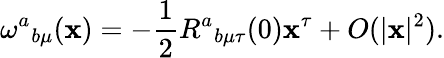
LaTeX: {\omega^{a}}_{b\mu}(\mathbf{x})=-{\frac{{1}}{{2}}}{R^{a}}_{b\mu\tau}(0)\mathbf{x}^{\tau}+O(|\mathbf{x}|^{2}).